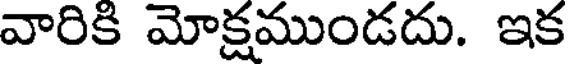
వారికి మోక్షముండదు. ఇక